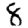
Digit: 8